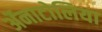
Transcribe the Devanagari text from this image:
ॲनाटोलिया